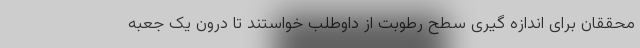
محققان برای اندازه گیری سطح رطوبت از داوطلب خواستند تا درون یک جعبه